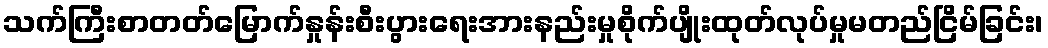
သက်ကြီးစာတတ်မြောက်နှုန်းစီးပွားရေးအားနည်းမှုစိုက်ပျိုးထုတ်လုပ်မှုမတည်ငြိမ်ခြင်း၊